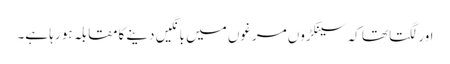
اور لگتا تھا کہ سینکڑوں مرغوں میں بانگیں دینے کامقابلہ ہو رہا ہے۔